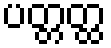
ပတ္တတ္ထ